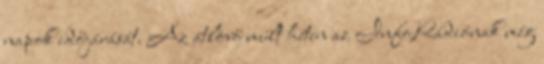
napok időjárását. Az átlövő múlt héten az InfoRádiónak még